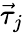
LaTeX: \vec{\tau}_{j}